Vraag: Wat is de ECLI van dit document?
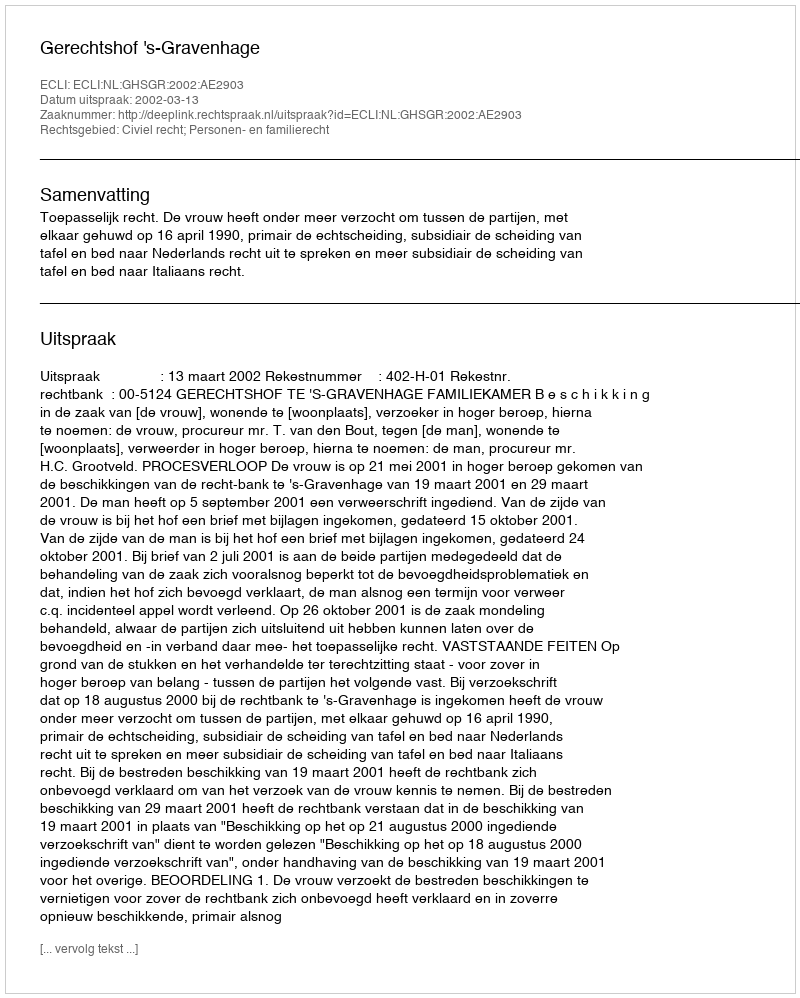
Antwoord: ECLI:NL:GHSGR:2002:AE2903